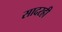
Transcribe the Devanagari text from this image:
सादरही